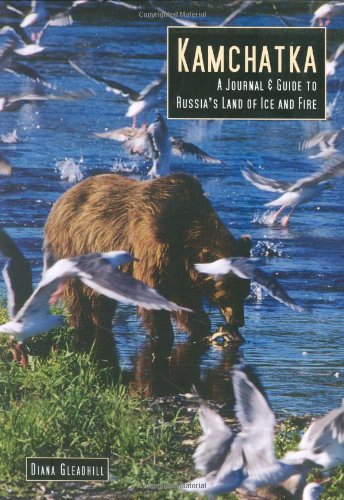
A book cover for Kamachatka: A Journal & Guide to Russia's Land of Ice and Fire (Odyssey Illustrated Guides); Diana Gleadhill; Travel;